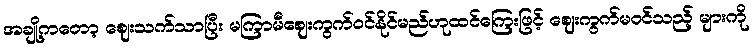
အချို့ကတော့ ဈေးသက်သာပြီး မကြာမီဈေးကွက်ဝင်နိုင်မည်ဟုထင်ကြေးဖြင့် ဈေးကွက်မဝင်သည့် များကို